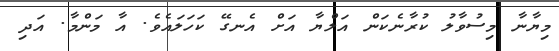
މިޔާނާ މިސުވާލު ކުރާނެކަން އަލްޔާ އަށް އެނގޭ ކަހަލައެވެ. އާ މަންމާ. އަދި